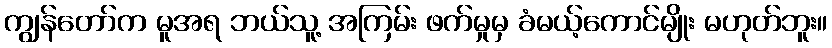
ကျွန်တော်က မူအရ ဘယ်သူ့ အကြမ်း ဖက်မှုမှ ခံမယ့်ကောင်မျိုး မဟုတ်ဘူး။